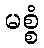
မစ္စံ